Vaccination United Provinces of Agra and Oudh 1923-1928 - 1923-1928
Year: 1923
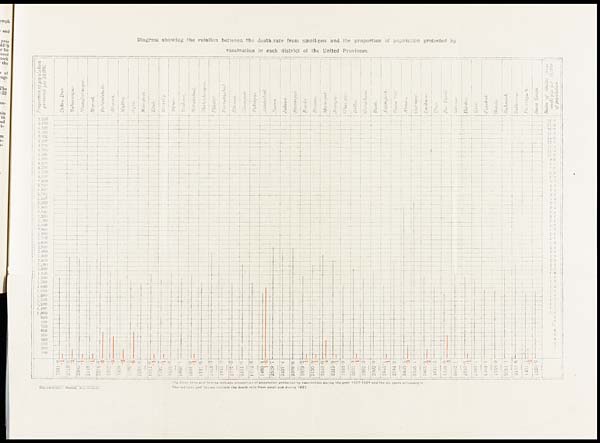
Diagram showing the relation between the death-rate from small-pox and the proportion of population protected by
vaccination in each district of the United Provinces.
GOVERNMENT
PRESS,
ALLAHABAD.
The black lines and figures indicate proportion of population protected by vaccination during the year 1923-1924 and the six years preceding it
The red lines and figures indicate the death rate from small-pox during 1923.